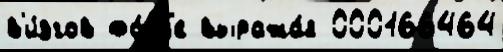
в'и́згов фо́рм'е выража́я 000166464